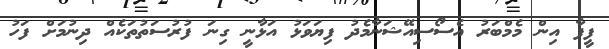
ފީފާ އިން މެމްބަރު އެސޯސިއޭޝަނާމެދު ފިޔަވަޅު އަޅާނީ ގިނަ ފުރުސަތުތަކެއް ދިނުމަށް ފަހު